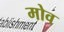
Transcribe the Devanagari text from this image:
मोव